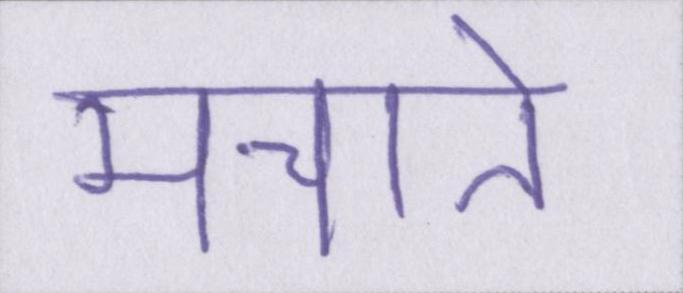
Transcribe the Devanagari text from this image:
मचाते